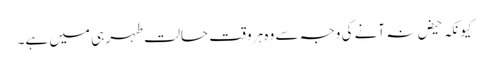
کیونکہ حیض نہ آنے کی وجہ سے وہ ہر وقت حالت طہر ہی میں ہے۔